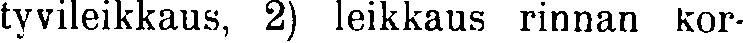
tyvileikkaus, 2) leikkaus rinnan kor-